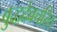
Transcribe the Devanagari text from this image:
बुद्धदेवचरित